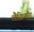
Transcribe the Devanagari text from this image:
लैक्रिमैंस